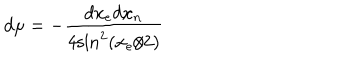
d \mu = - \frac { d x _ { e } d x _ { n } } { 4 \mathrm { s i n } ^ { 2 } ( x _ { e } / 2 ) }